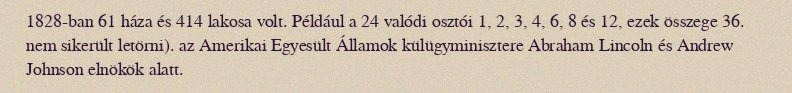
1828-ban 61 háza és 414 lakosa volt. Például a 24 valódi osztói 1, 2, 3, 4, 6, 8 és 12, ezek összege 36. nem sikerült letörni). az Amerikai Egyesült Államok külügyminisztere Abraham Lincoln és Andrew Johnson elnökök alatt.